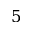
5